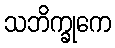
သဘိက္ခုကေ